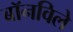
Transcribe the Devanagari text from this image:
बॉनविले